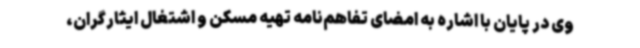
وی در پایان با اشاره به امضای تفاهم‌نامه تهیه مسکن و اشتغال ایثارگران،